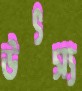
উৎস্য